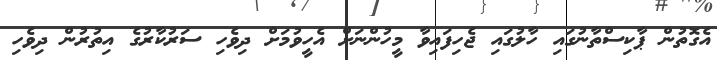
އެގޮތުން ޕާކިސްތާނުގައި ހާލުގައި ޖެހިފައިވާ މީހުންނަށް އެހީވުމަށް ދިވެހި ސަރުކާރުގެ އިތުރުން ދިވެހި